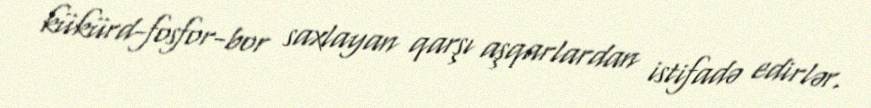
kükürd-fosfor-bor saxlayan qarşı aşqarlardan istifadə edirlər.